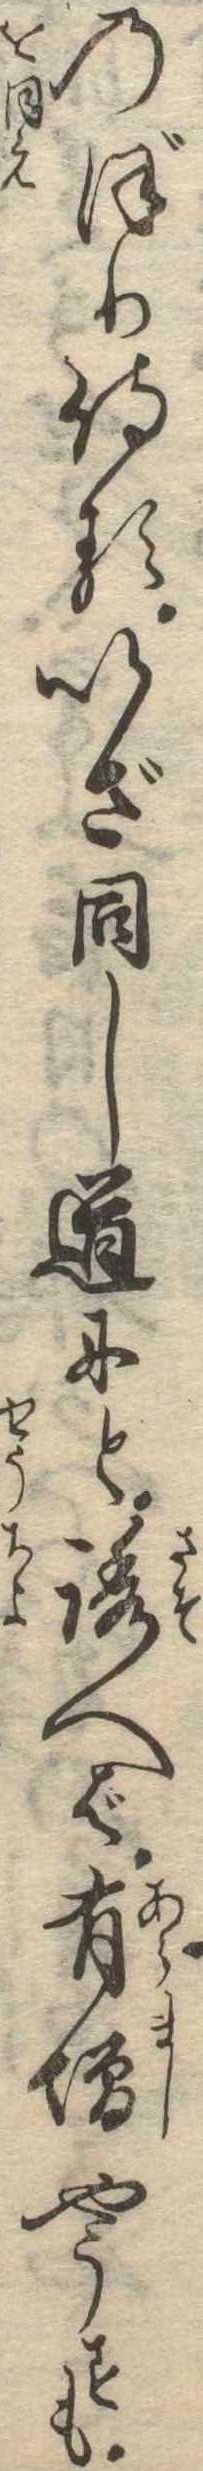
のぼり侍るいざ同し道にと誘へば有増やうすも